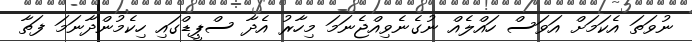
ނުވަތަ އެކަމަށް އަވަސް ހައްލެއް ނުގެނެވިއްޖެނަމަ މިހާރު އެދާ ސްޕީޑްގައި ހިކެމުންދާނަމަ ފަތާ